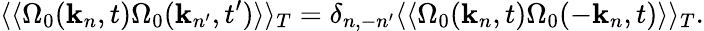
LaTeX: \langle\langle\Omega_{0}({\mathbf k}_{n},t)\Omega_{0}({\mathbf k}_{n^{\prime}},t^{\prime})\rangle\rangle_{T}=\delta_{n,-n^{\prime}}\langle\langle\Omega_{0}({\mathbf k}_{n},t)\Omega_{0}(-{\mathbf k}_{n},t)\rangle\rangle_{T}.